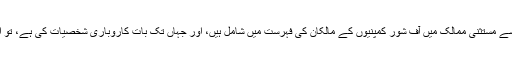
دیگر پاکستانی حکام بھی ٹیکس سے مستثنیٰ ممالک میں آف شور کمپنیوں کے مالکان کی فہرست میں شامل ہیں، اور جہاں تک بات کاروباری شخصیات کی ہے، تو ان کی فہرست تو کافی طویل ہے۔